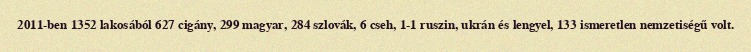
2011-ben 1352 lakosából 627 cigány, 299 magyar, 284 szlovák, 6 cseh, 1-1 ruszin, ukrán és lengyel, 133 ismeretlen nemzetiségű volt.